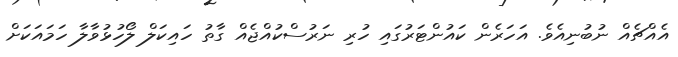
އެއްޗެއް ނުބުނިއެވެ. އަހަރެން ކައުންޓަރުގައި ހުރި ނަރުސްކުއްޖެއް ގާތު ހައިކަލް ލޯހުޅުވާލާ ހަމައަކަށް